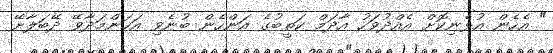
" އެހެން އުޅެނިކޮށް އެއްދުވަހު އާދަމް ކަތީބުގެ އަންހެން ބުނެވި އަހަންމަދާވޭ ދޭބަލާށޭ